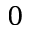
0